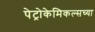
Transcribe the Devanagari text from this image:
पेट्रोकेमिकल्सच्या